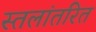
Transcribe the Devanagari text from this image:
स्तलांतरित